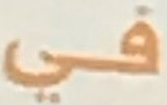
في